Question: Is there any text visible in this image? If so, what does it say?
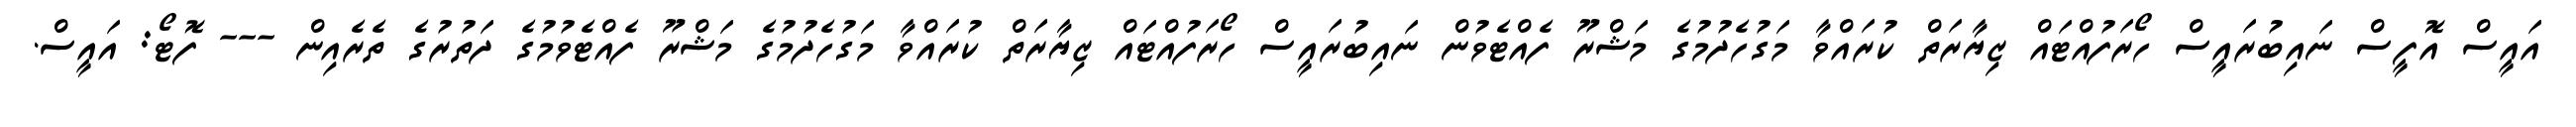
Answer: އައީސް އޮފީސް ނައިބުރައީސް ހޯރަފުއްޓައް ޒިޔާރަތް ކުރައްވާ މަގުހެދުމުގެ މަޝްރޫ ފެއްޓެވުން ނައިބުރައީސް ހޯރަފުއްޓައް ޒިޔާރަތް ކުރައްވާ މަގުހެދުމުގެ މަޝްރޫ ފެއްޓެވުމުގެ ދަތުރުގެ ތެރެއިން --- ފޮޓޯ: އައީސް.